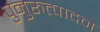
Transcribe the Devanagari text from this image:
पुनुरुत्पादन